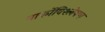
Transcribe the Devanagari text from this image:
नार्कोविश्लेषण